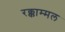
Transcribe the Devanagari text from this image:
रक्काम्मल